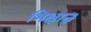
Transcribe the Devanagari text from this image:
भिक्षान्न